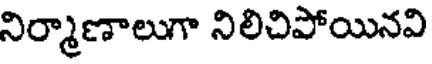
నిర్మాణాలుగా నిలిచిపోయినవి